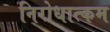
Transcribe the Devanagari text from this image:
निरोधात्कम